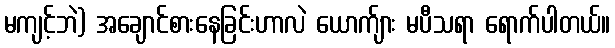
မကျင့်ဘဲ) အချောင်စားနေခြင်းဟာလဲ ယောက်ျား မပီသရာ ရောက်ပါတယ်။